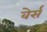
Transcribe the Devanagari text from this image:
वेर्स